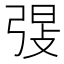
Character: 𫸸